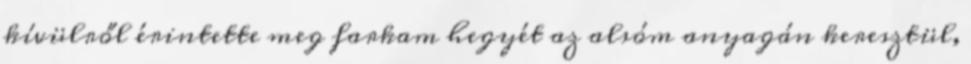
kívülről érintette meg farkam hegyét az alsóm anyagán keresztül,